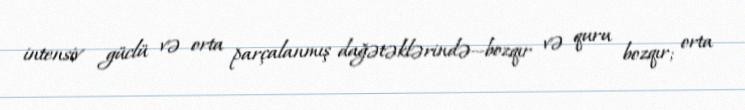
intensiv güclü və orta parçalanmış dağətəklərində—bozqır və quru bozqır; orta